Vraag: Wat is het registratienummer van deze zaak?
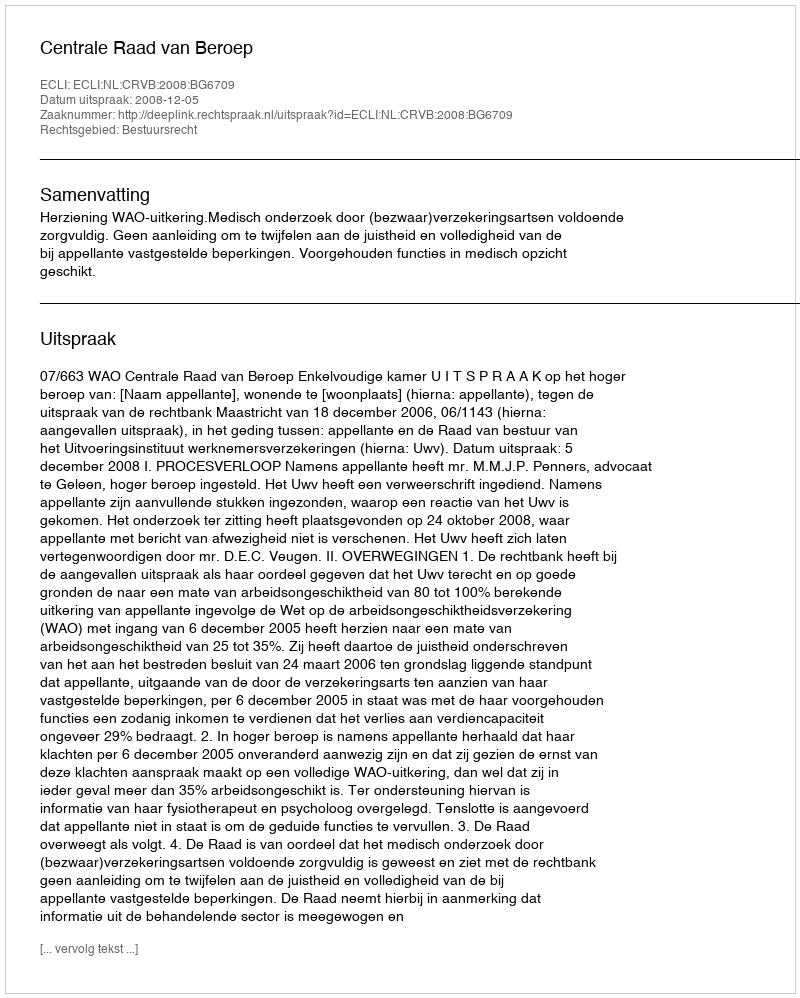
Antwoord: http://deeplink.rechtspraak.nl/uitspraak?id=ECLI:NL:CRVB:2008:BG6709